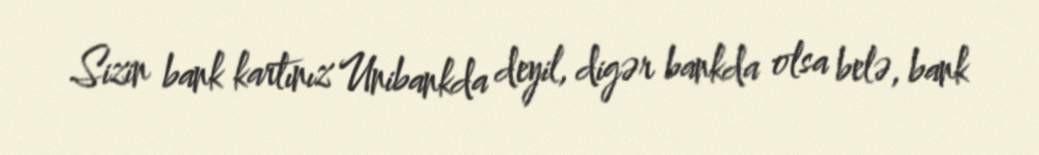
Sizin bank kartınız Unibankda deyil, digər bankda olsa belə, bank